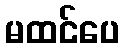
မထင်ပေ